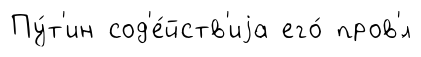
Пу́т'ин сод'е́йств'иjа его́ пров'́л